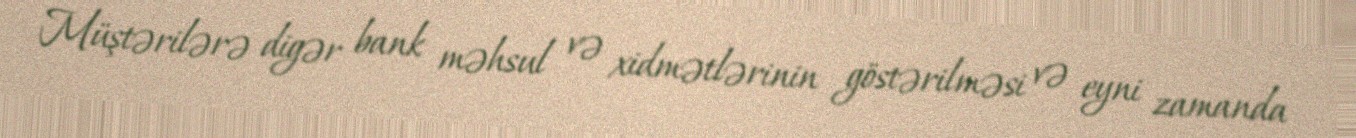
Müştərilərə digər bank məhsul və xidmətlərinin göstərilməsi və eyni zamanda